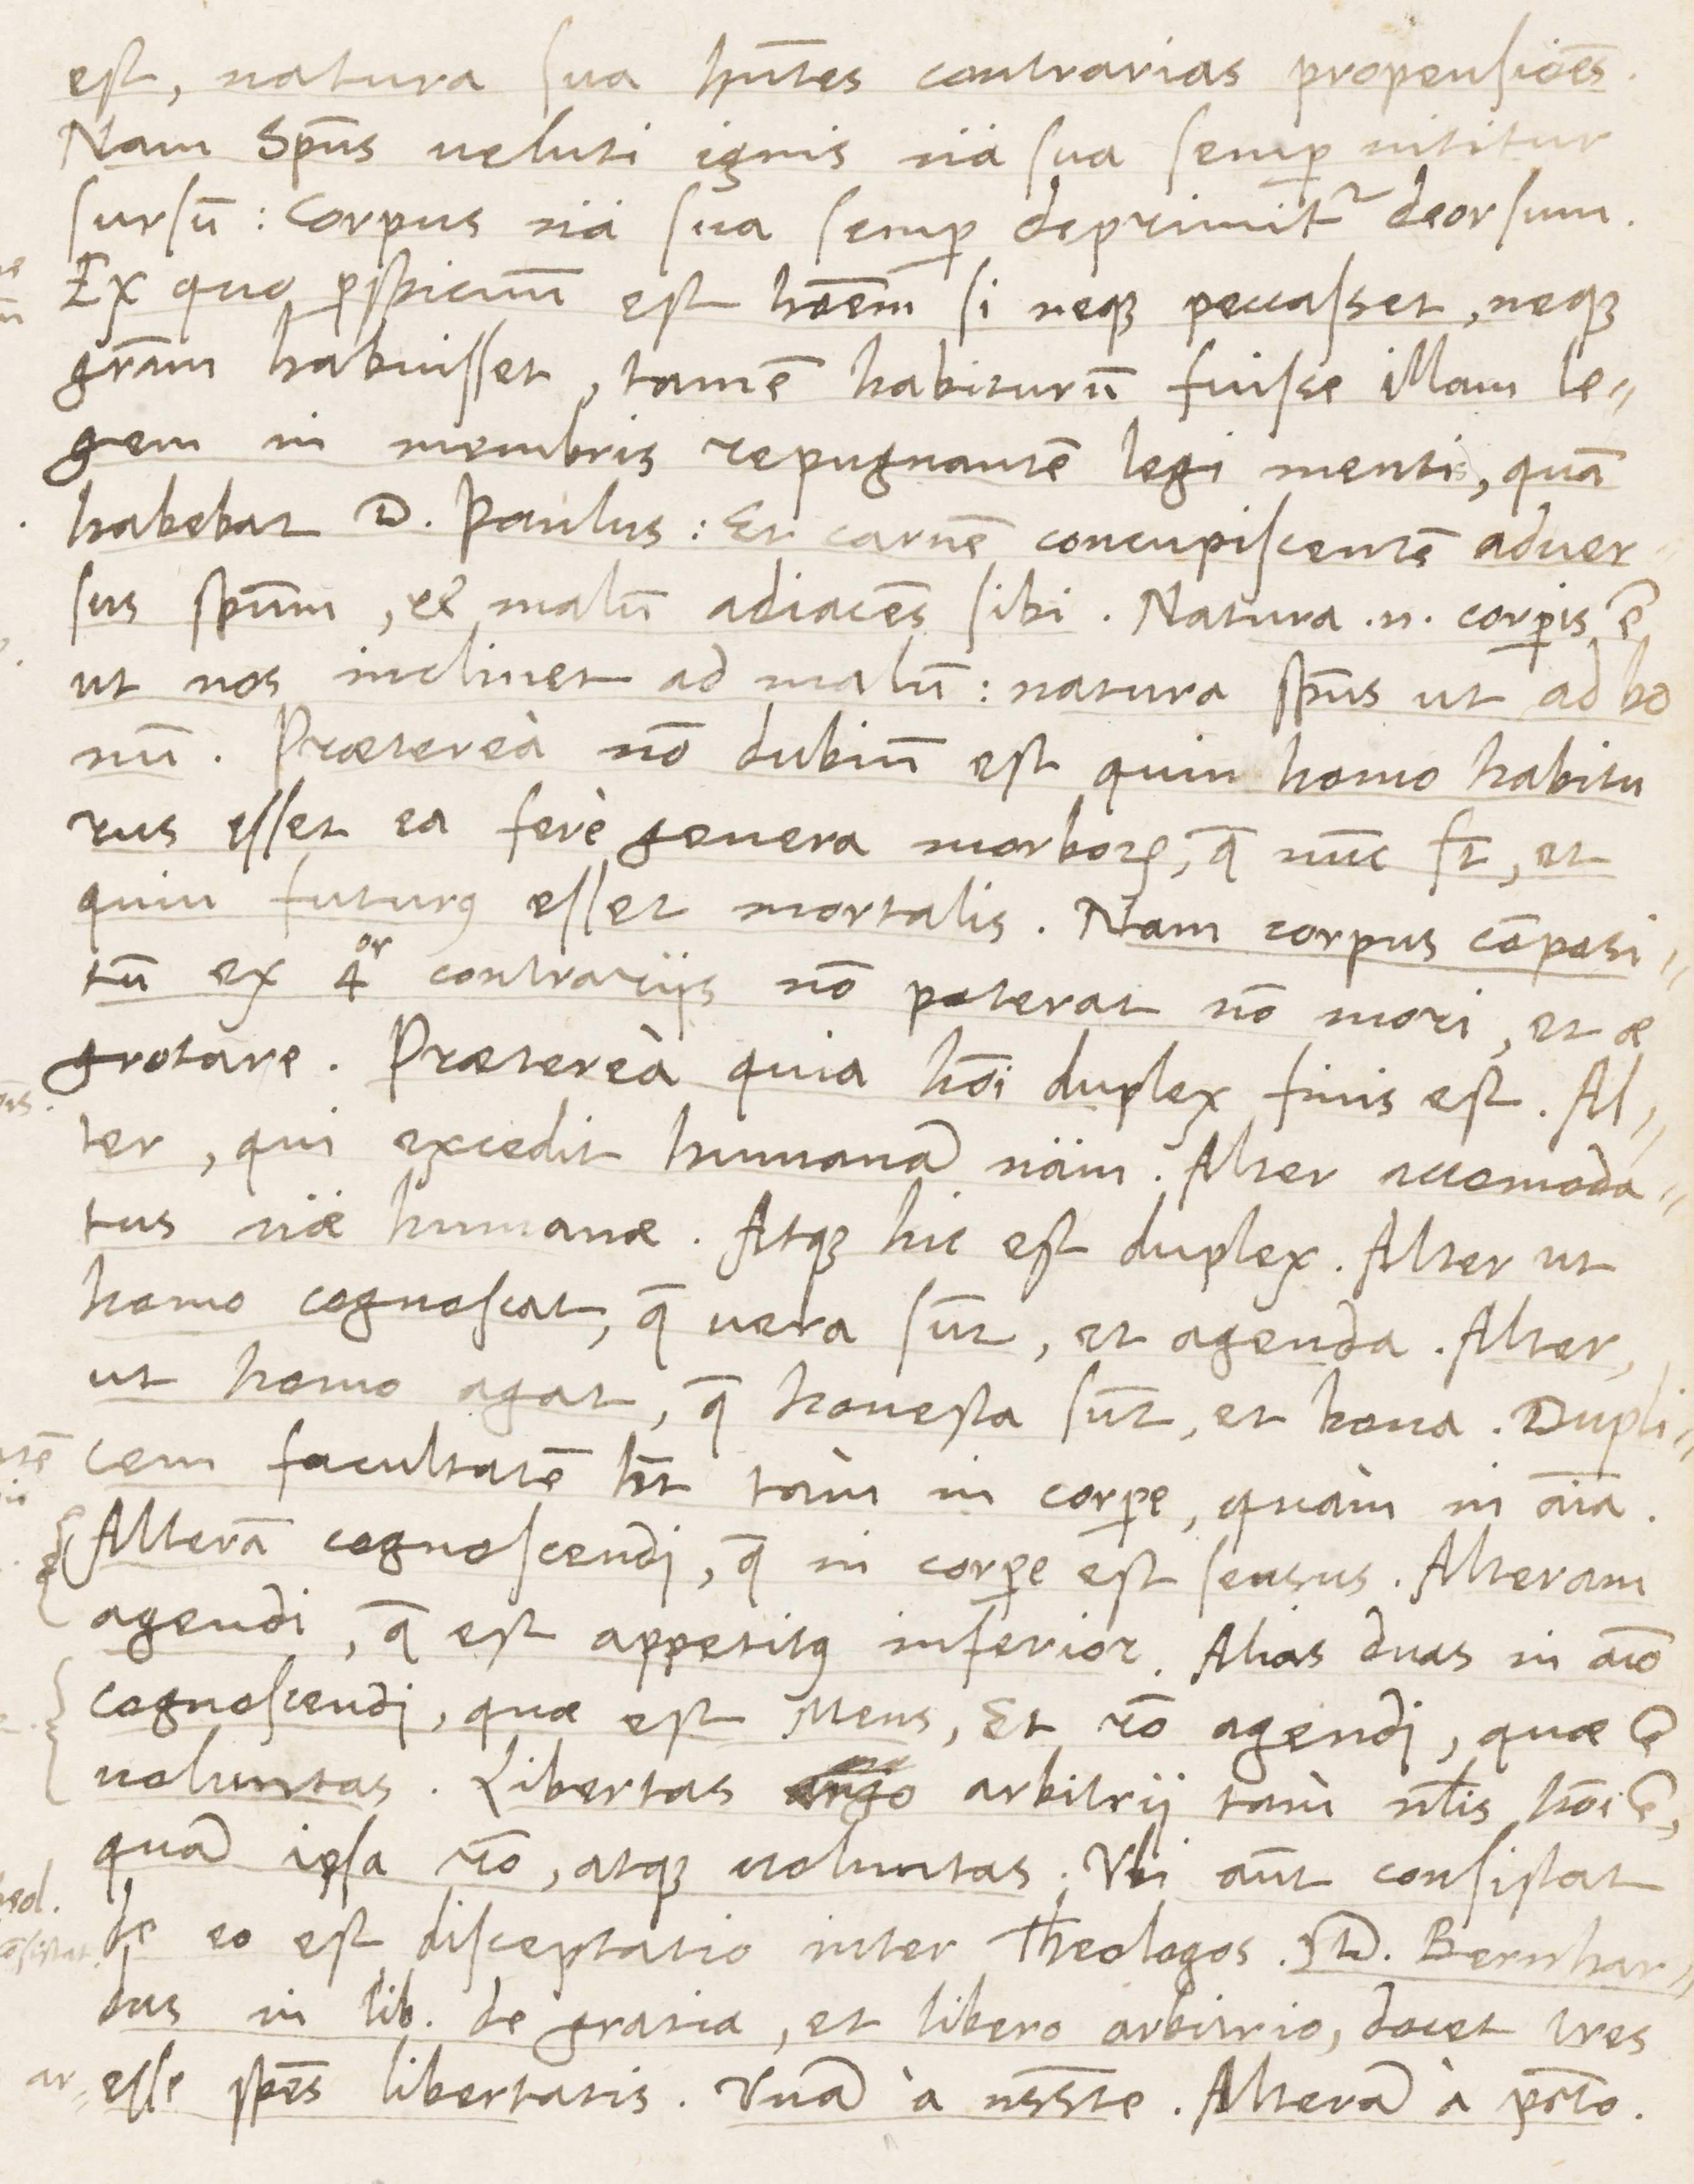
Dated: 1565–1569